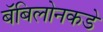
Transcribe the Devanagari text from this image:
बॅबिलोनकडे